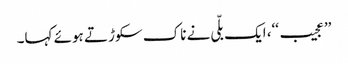
’’عجیب‘‘، ایک بلّی نے ناک سکوڑتے ہوئے کہا۔